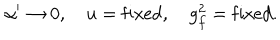
\alpha ^ { \prime } \rightarrow 0 , \quad u = \mathrm { f i x e d } , \quad g _ { f } ^ { 2 } = \mathrm { f i x e d } .